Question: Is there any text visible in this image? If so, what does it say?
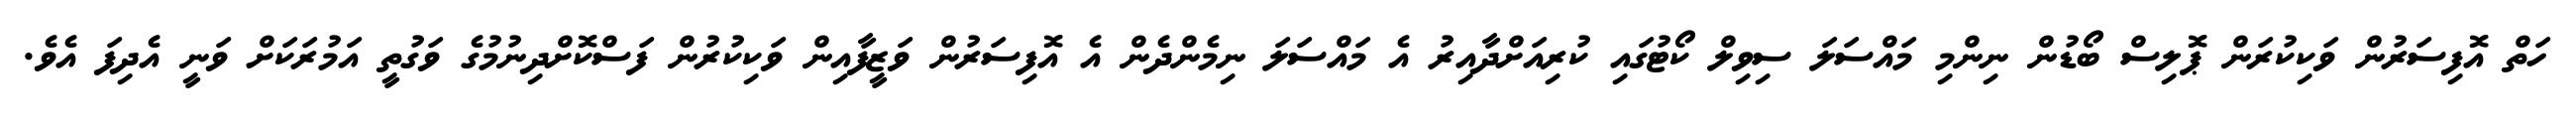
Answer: ހަތް އޮފިސަރުން ވަކިކުރަން ޕޮލިސް ބޯޑުން ނިންމި މައްސަލަ ސިވިލް ކޯޓުގައި ކުރިއަށްދާއިރު އެ މައްސަލަ ނިމެންދެން އެ އޮފިސަރުން ވަޒީފާއިން ވަކިކުރުން ފަސްކޮށްދިނުމުގެ ވަގުތީ އަމުރަކަށް ވަނީ އެދިފަ އެވެ.